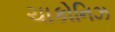
ચાકોનિઝ